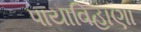
પાયાવિહાણા